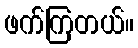
ဖက်ကြတယ်။